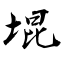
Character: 堒